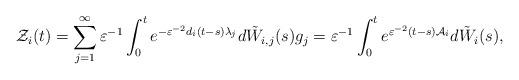
LaTeX: \begin{align*}\mathcal{Z}_{i}(t)=\sum_{j=1}^{\infty }\varepsilon^{-1}\int_{0}^{t}e^{-\varepsilon ^{-2}d_{i}(t-s)\lambda _{j}}d\tilde{W}_{i,j}(s)g_{j}=\varepsilon ^{-1}\int_{0}^{t}e^{\varepsilon ^{-2}(t-s)\mathcal{A}_{i}}d\tilde{W}_{i}(s), \end{align*}